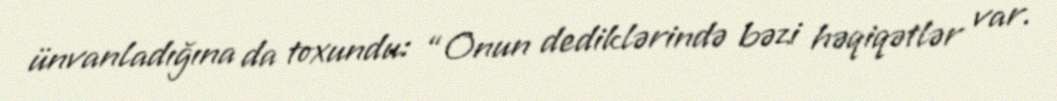
ünvanladığına da toxundu: “Onun dediklərində bəzi həqiqətlər var.